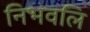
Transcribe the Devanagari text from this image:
निभवलि